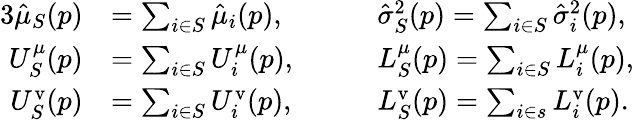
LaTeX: \begin{array}{rlrl}{{3}\hat{\mu}_{S}(p)}&{=\sum_{i\in S}\hat{\mu}_{i}(p),\quad}&&{\hat{\sigma}_{S}^{2}(p)=\sum_{i\in S}\hat{\sigma}_{i}^{2}(p),}\\ {U_{S}^{\mu}(p)}&{=\sum_{i\in S}U_{i}^{\mu}(p),\quad}&&{L_{S}^{\mu}(p)=\sum_{i\in S}L_{i}^{\mu}(p),}\\ {U_{S}^{\mathrm{v}}(p)}&{=\sum_{i\in S}U_{i}^{\mathrm{v}}(p),\quad}&&{L_{S}^{\mathrm{v}}(p)=\sum_{i\in s}L_{i}^{\mathrm{v}}(p).}\end{array}